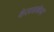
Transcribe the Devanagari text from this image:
केलसबेला